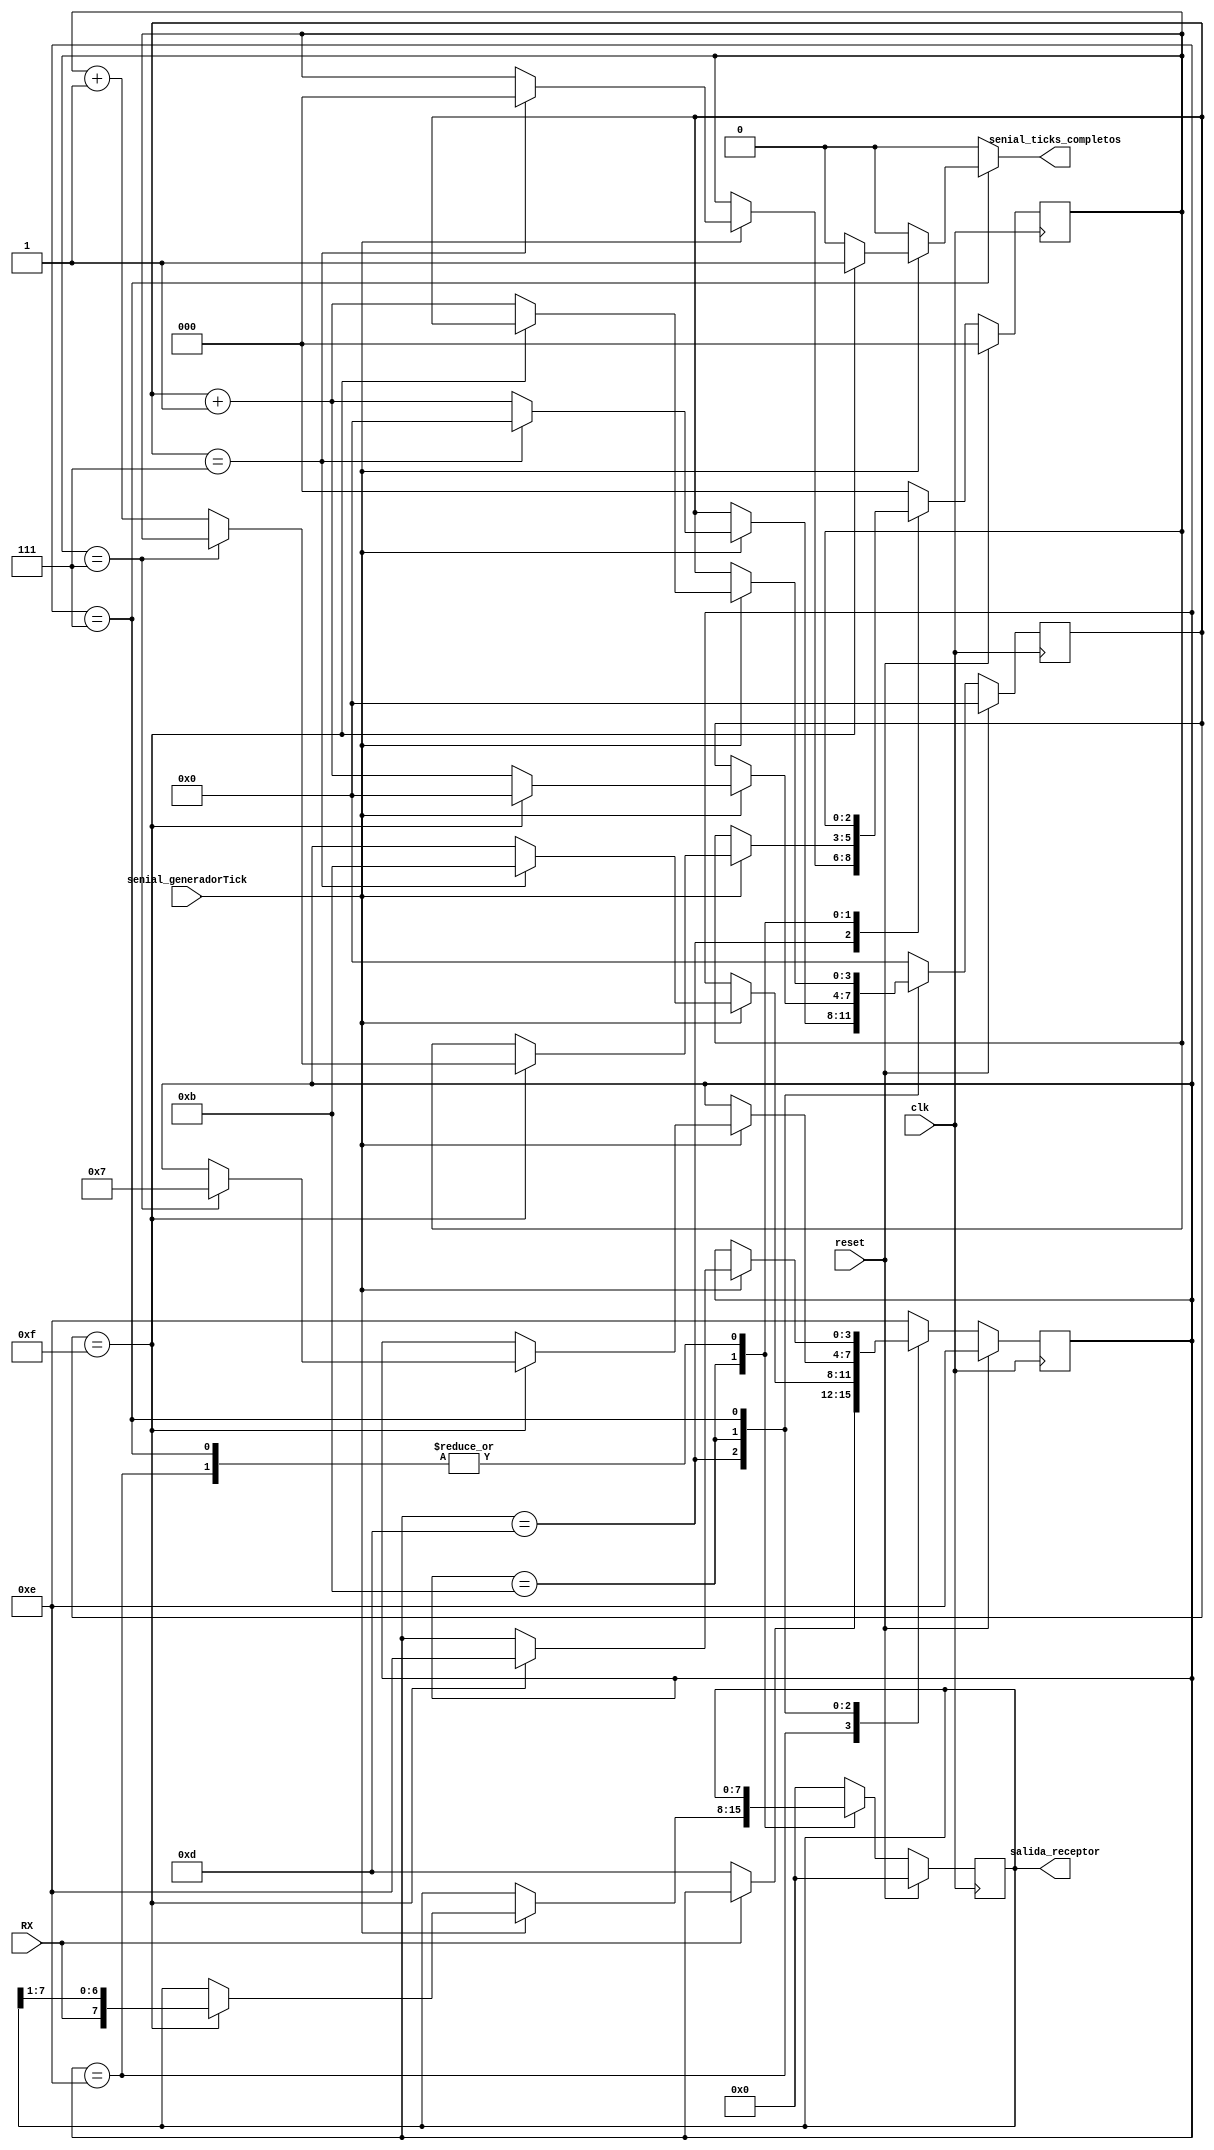
module Receptor
#(
parameter   ancho_dato = 8
)
(
/*-----Entradas al modulo-----*/
	input wire clk, 
	input wire reset,                              //linea de reset
	input wire RX,                                 //linea de recepcion
	input wire senial_generadorTick,      //entrada que proviene del generador de baudios
	
/*-----Salidas al modulo-----*/	
	output reg senial_ticks_completos,  
	output wire [(ancho_dato-1):0] salida_receptor//salida de datos hacia la interfaz
);

/*---------Estados---------*/
    //CODIFICACION ONE-COLD
    localparam WAIT=    4'b1110;      // estado WAIT , espera por el bit de start.
    localparam START=   4'b1101;      //START, bit que indica el comienzo de la comunicacion.
    localparam DATA=    4'b1011;      //DATA, indica el comiendo del envio de datos, hacia el receptor .
    localparam STOP=    4'b0111;      //STOP, indica la finalizacion de la comunicacion.
    
    reg [3:0] estado_actual;                                        //cuando inicializo el primer estado cargado es el idle
    reg [3:0] estado_siguiente;                                   //sigueinte estado va a ser start cuando llegue el 0 logico

    reg [3:0] contadorTicks_actual;                             //cuenta la cantidad de ticks recibidos para saber cuando leer el dato
    reg [3:0] contadorTicks_siguiente; 

    reg [2:0] contadorDatos_actual;                            //cuenta la cantidad de datos recibidos, debe contar hasta 8
    reg [2:0] contadorDatos_siguiente;

    reg [(ancho_dato-1):0] registroDatos_actual;        //datos a la salida 
    reg [(ancho_dato-1):0] registroDatos_siguiente;
    
/*--------------------------------------Bloque secuencial--------------------------------------*/    
always @(posedge clk) begin// Memory - bloque secuencial
	if (reset)  
        begin  
			 estado_actual <= WAIT;             //volvemos al estado wait
			 
			 contadorTicks_actual <= 4'b0000;        //cantidad de ticks contado = 0
			 
			 contadorDatos_actual <= 3'b000;      //cantidad de datos contados
			 
			 registroDatos_actual <= 8'b00000000; 
		  end 
	else  
		begin  
			estado_actual <= estado_siguiente;
			contadorTicks_actual <= contadorTicks_siguiente; 
			contadorDatos_actual <= contadorDatos_siguiente;   
			registroDatos_actual <= registroDatos_siguiente;  
		end 
end

/*--------------------------------------Bloque puramente combinacional --------------------------------------*/    
always @(*) // Next-state logic  - bloque puramente combinacional   -  CAMBIAR LA LISTA DE SENSIBILIZACION SI ES NECESARIO DINOSAURIO
begin
    
	estado_siguiente=estado_actual; 
	senial_ticks_completos = 1'b0;  //seal de salida del modulo en 0
	contadorTicks_siguiente = contadorTicks_actual;
	contadorDatos_siguiente = contadorDatos_actual;   //nreg: cuenta la cantidad de bits
	registroDatos_siguiente = registroDatos_actual;  
	
	case (estado_actual)
	/*------------------------------------------------------------------------------------------------------------*/
		WAIT : //si estamos en el estado "WAIT"
			begin
				if (RX==0)//si se recibe un 0 logico
					estado_siguiente = START; //cambiamos el estado a START
					contadorTicks_siguiente=0;//cantidad de ticks contados
			end
	/*------------------------------------------------------------------------------------------------------------*/
		START : //si estamos en el estado "start"
			begin 
			registroDatos_siguiente=8'b0000000000;
				if (senial_generadorTick)//indica que llego un tick desde el generador de baudios
					if(contadorTicks_actual==7)//si llegaron 7 ticks, estamos a la mitad del bit de start
						begin
							contadorTicks_siguiente=0;//cantidad de bits contados = 0
							contadorDatos_siguiente=0;//reseteo a 0 el contador de datos reconocidos
							estado_siguiente = DATA; 
						end
					else
						contadorTicks_siguiente=contadorTicks_actual+1;//si aun no llegamos a la mitad del bit de start, incrementa la cantidad de ticks realizados
			end
	/*------------------------------------------------------------------------------------------------------------*/
		DATA : //si estamos en el estado "data"
			begin
				if (senial_generadorTick)//indica que llego un tick desde el generador de baudios
				
					if(contadorTicks_actual==15)//si ya llegue a la mitad del sigueinte bit
						begin
						    contadorTicks_siguiente = 0;//en el proximo tick debo resetear el contador de ticks, s_next va a ser proximo valor que va a tener el contador de ticks (s_reg)
                            registroDatos_siguiente={RX,registroDatos_actual[(ancho_dato-1):1]}; //guarda los datos reconocidos
						      //SE CARGA PRIMERO EL BIT MSB Y ULTIMO EL LSB
						      if (contadorDatos_actual == (ancho_dato-1))//si ya lei todos los bytes de de datos
							     estado_siguiente = STOP;//el siguente estado es "stop"
						      else
						         contadorDatos_siguiente=contadorDatos_actual+1;//n_next va el siguente valor a cargar en el contador de datos leidos
						 end	
					else
						contadorTicks_siguiente=contadorTicks_actual+1;//nuevo valor de contador de ticks
			end
	/*------------------------------------------------------------------------------------------------------------*/
		STOP : //si estamos en el estado "stop"
			begin 
				if (senial_generadorTick)//indica que llego un tick desde el generador de baudios
				begin
					if (contadorTicks_actual==15)//si se llego a la cantidad de ticks necesarias para contar hasta la mitad del bit de stop
						begin
						senial_ticks_completos=1'b1;//habilito la seal de salida por tick
						estado_siguiente = WAIT; //vuelvo al estado inicial
						end
					else
					   begin
						  contadorTicks_siguiente=contadorTicks_actual+1;//sigo contando ticks
					   end
               end 
			end
	/*------------------------------------------------------------------------------------------------------------*/
		default : // Fault Recovery - modo seguro
			begin
				estado_siguiente = WAIT; //volvemos al estado WAIT
				contadorTicks_siguiente=4'b0000;
				contadorDatos_siguiente=3'b000;
				registroDatos_siguiente=8'b0000000000;
			end
	/*------------------------------------------------------------------------------------------------------------*/
	endcase	
end

assign salida_receptor = registroDatos_actual;
endmodule